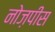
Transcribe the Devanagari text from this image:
नोज़पीस